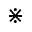
\divideontimes